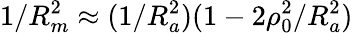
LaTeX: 1/R_{m}^{2}\approx(1/R_{a}^{2})(1-2\rho_{0}^{2}/R_{a}^{2})